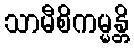
သာမီစိကမ္မန္တိ